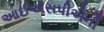
આઈએસપીએની